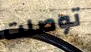
توصلت